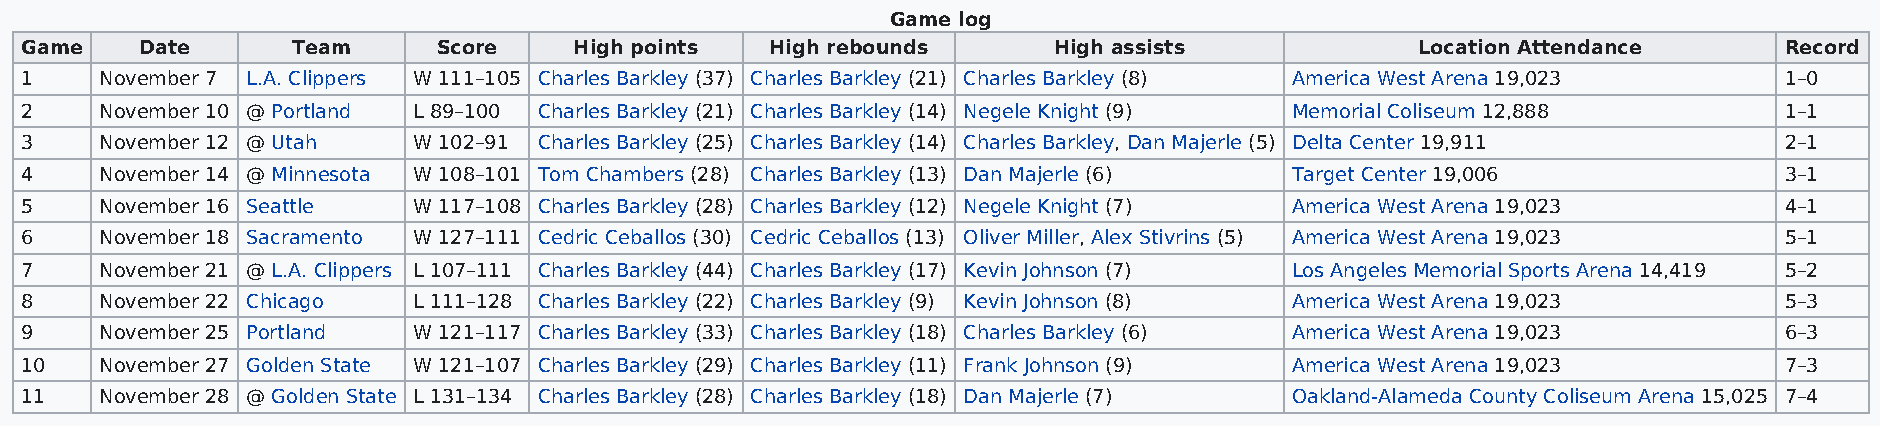
Game log
 Game    Date      Team      Score    High points  High rebounds      High assists            Location Attendance     Record
 1     November 7 L.A. Clippers W 111–105 Charles Barkley (37) Charles Barkley (21) Charles Barkley (8) America West Arena 19,023 1–0
 2     November 10 @ Portland L 89–100 Charles Barkley (21) Charles Barkley (14) Negele Knight (9) Memorial Coliseum 12,888 1–1
 3     November 12 @ Utah  W 102–91 Charles Barkley (25) Charles Barkley (14) Charles Barkley, Dan Majerle (5) Delta Center 19,911 2–1
 4     November 14 @ Minnesota W 108–101 Tom Chambers (28) Charles Barkley (13) Dan Majerle (6) Target Center 19,006  3–1
 5     November 16 Seattle W 117–108 Charles Barkley (28) Charles Barkley (12) Negele Knight (7) America West Arena 19,023 4–1
 6     November 18 Sacramento W 127–111 Cedric Ceballos (30) Cedric Ceballos (13) Oliver Miller, Alex Stivrins (5) America West Arena 19,023 5–1
 7     November 21 @ L.A. Clippers L 107–111 Charles Barkley (44) Charles Barkley (17) Kevin Johnson (7) Los Angeles Memorial Sports Arena 14,419 5–2
 8     November 22 Chicago L 111–128 Charles Barkley (22) Charles Barkley (9) Kevin Johnson (8) America West Arena 19,023 5–3
 9     November 25 Portland W 121–117 Charles Barkley (33) Charles Barkley (18) Charles Barkley (6) America West Arena 19,023 6–3
 10    November 27 Golden State W 121–107 Charles Barkley (29) Charles Barkley (11) Frank Johnson (9) America West Arena 19,023 7–3
 11    November 28 @ Golden State L 131–134 Charles Barkley (28) Charles Barkley (18) Dan Majerle (7) Oakland-Alameda County Coliseum Arena 15,025 7–4